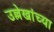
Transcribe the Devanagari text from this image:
उल्लेखांच्या